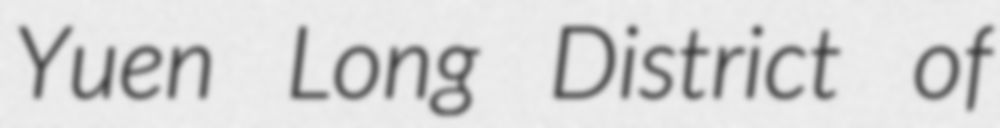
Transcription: Yuen Long District of